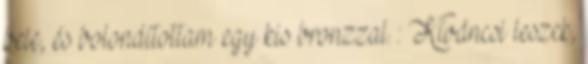
bele, és bolondítottam egy kis bronzzal. : Kíváncsi leszek,